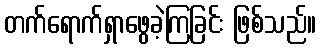
တက်ရောက်ရှာဖွေခဲ့ကြခြင်း ဖြစ်သည်။